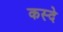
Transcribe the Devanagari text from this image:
कस्दे